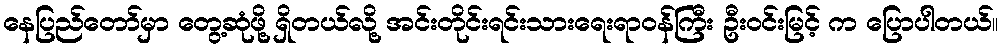
နေပြည်တော်မှာ တွေ့ဆုံဖို့ ရှိတယ်လို့ အင်းတိုင်းရင်းသားရေးရာဝန်ကြီး ဦးဝင်းမြင့် က ပြောပါတယ်။